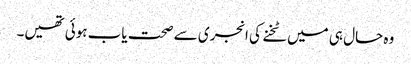
وہ حال ہی میں ٹخنے کی انجری سے صحت یاب ہوئی تھیں۔